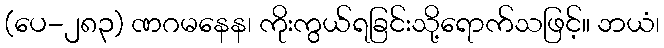
(ပေ-၂၈၃) ဏဂမနေန၊ ကိုးကွယ်ရခြင်းသို့ရောက်သဖြင့်။ ဘယံ၊